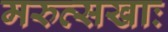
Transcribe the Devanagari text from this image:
मरुत्सखाः